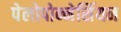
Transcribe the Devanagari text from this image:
पेलोपोन्नेसिंयन